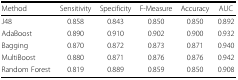
| Method | Sensitivity | Specificity | F-Measure | Accuracy | AUC |
 | --- | --- | --- | --- | --- | --- |
 | J48 | 0.858 | 0.843 | 0.850 | 0.850 | 0.892 |
 | AdaBoost | 0.890 | 0.910 | 0.902 | 0.900 | 0.932 |
 | Bagging | 0.870 | 0.872 | 0.873 | 0.871 | 0.940 |
 | MultiBoost | 0.880 | 0.871 | 0.876 | 0.876 | 0.942 |
 | Random Forest | 0.819 | 0.889 | 0.859 | 0.850 | 0.908 |